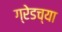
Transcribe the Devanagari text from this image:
ग्रेडच्या